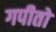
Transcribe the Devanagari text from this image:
गपीतो